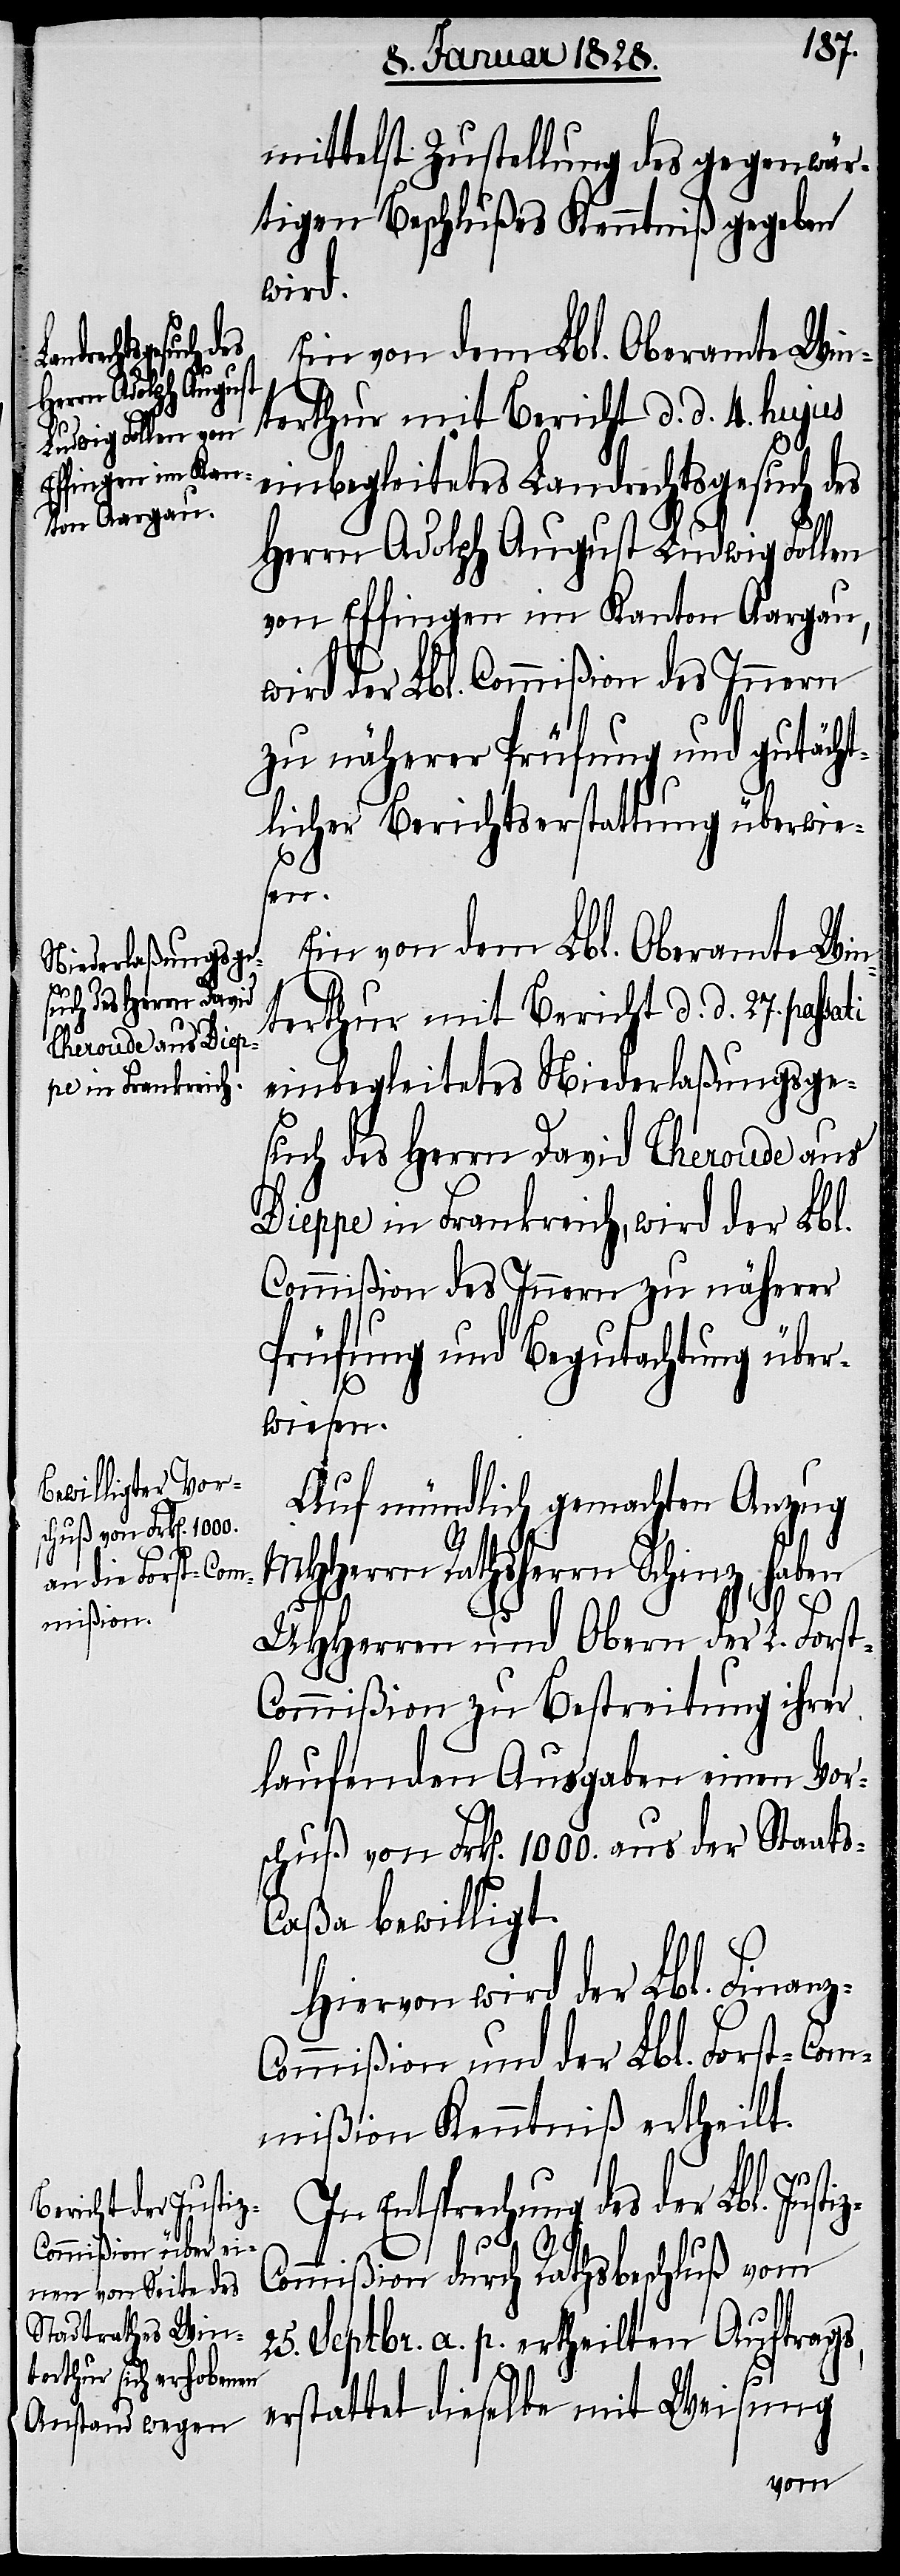
mittelst Zustellung des gegenwär¬
tigen Beschlußes Kenntniß gegeben
wird.
be mit Weisung
terthur mit Bericht d. d. 4. hujus
einbegleitetes Landrechtsgesuch des
Herrn Adolph August Ludwig Follen
von Effingen im Kanton Aargau,
wird der Lbl. Commißion des Innern
zu näherer Prüfung und gutächt¬
licher Berichtserstattung überwie¬
z-C¬
Ein von dem Lbl. Oberamte Win¬
terthur mit Bericht d. d. 27. pas¬
einbegleitetes Niederlaßungsge¬
such des Herrn David Cheroude aus
Dieppe in Frankreich, wird der Lbl.
Commißion des Innern zu näherer
Prüfung und Begutachtung über¬
iz-C¬
wiesen.
Auf mündlich gemachten Anzug
MHHerrn Rathsherrn Schinz, haben
UHHerren und Obern der L. Forst-C¬
ommißion zu Bestreitung ihrer
laufenden Ausgaben einen Vor¬
schuß von Frk[en]. 1000. aus der Staats-C¬
aßa bewilligt.
Hiervon wird der Lbl. Finan¬
ommißion und der Lbl. Forst-Com¬
mißion Kenntniß ertheilt.
In Entsprechung des der Lbl. Just¬
ommißion durch Rathsbeschluß vom
25. Septbr. a. p. ertheilten Auftrags,